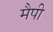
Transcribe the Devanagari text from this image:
मैपी